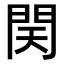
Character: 𨳨